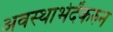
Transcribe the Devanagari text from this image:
अवस्थाभेदेंकरुन